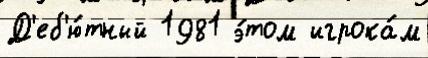
Д'еб'ю́тный 1981 э́том игрока́м